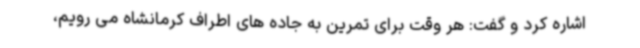
اشاره کرد و گفت: هر وقت برای تمرین به جاده های اطراف کرمانشاه می رویم،